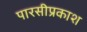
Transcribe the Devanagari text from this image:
पारसीप्रकाश